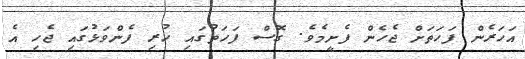
އަހަރެން ފަހަތަށް ޖެހެން ފެށީމެވެ. ގޮސް ފަހަތުގައި ހުރި ފެންވަޅުގައި ޖެހި އެ